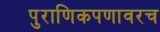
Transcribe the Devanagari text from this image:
पुराणिकपणावरच